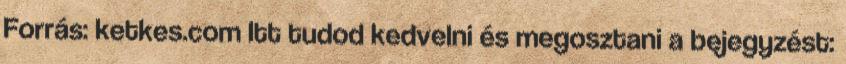
Forrás: ketkes.com Itt tudod kedvelni és megosztani a bejegyzést: